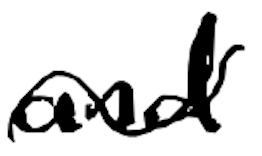
Text: and
Cross-out: wave
Writing tool: digital_black